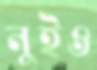
নুইও